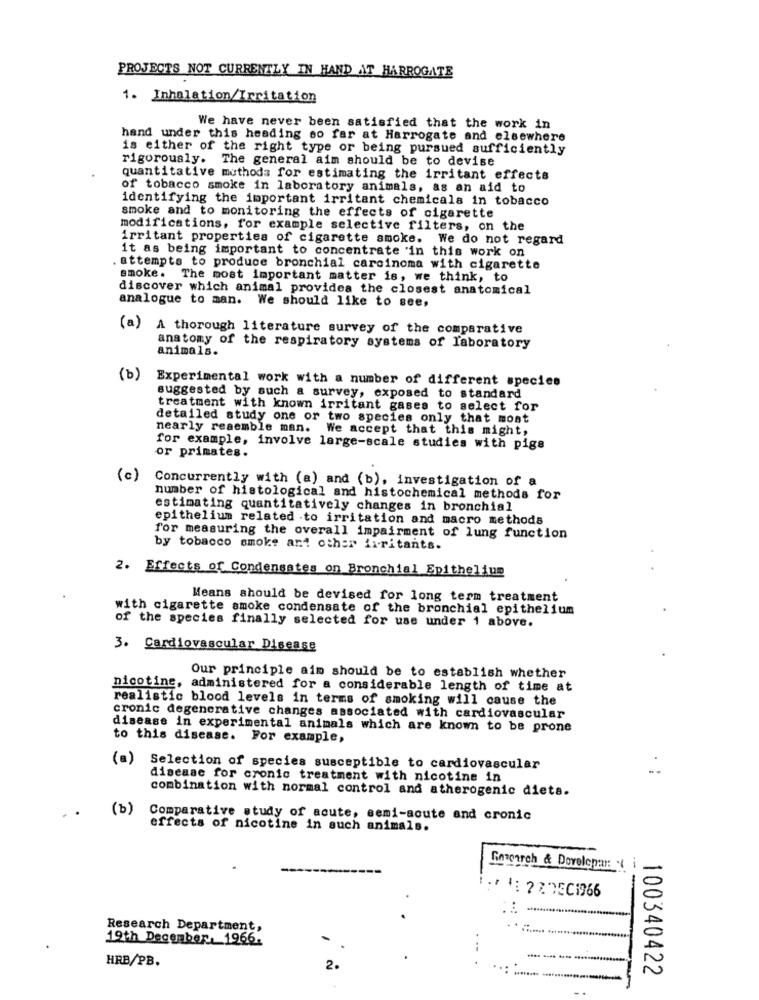
PROJECTS NOT CURRENTLY IN HAND AT HARROGATE
1. Inhalation/Irritation
We have never been satisfied that the work in
hand under this heading so far at Harrogate and elsewhere
is either of the right type or being pursued sufficiently
rigorously. The general aim should be to devise
quantitative methods for estimating the irritant effects
of tobacco smoke in laboratory animals, as an aid to
identifying the important irritant chemicals in tobacco
smoke and to monitoring the effects of cigarette
modifications, for example selective filters, on the
irritant properties of cigarette smoke. We do not regard
it as being important to concentrate 'in this work on
attempts to produce bronchial carcinoma with cigarette
smoke. The most important matter is, we think, to
discover which animal provides the closest anatomical
analogue to man. We should like to see,
(a) A thorough literature survey of the comparative
anatomy of the respiratory systems of laboratory
animals.
(b)
Experimental work with a number of different species
suggested by such a survey, exposed to standard
treatment with known irritant gases to select for
detailed study one or two species only that most
nearly resemble man. We accept that this might,
for example, involve large-scale studies with pige
or primates.
(c)
Concurrently with (a) and (b), investigation of a
number of histological and histochemical methods for
estimating quantitatively changes in bronchial
epithelium related to irritation and macro methods
for measuring the overall impairment of lung function
by tobacco smoke and other irritants.
2. Effects of Condensates on Bronchial Epithelium
Means should be devised for long term treatment
with cigarette smoke condensate of the bronchial epithelium
of the species finally selected for use under 1 above.
3. Cardiovascular Disease
Our principle aim should be to establish whether
nicotine, administered for a considerable length of time at
realistic blood levels in terms of smoking will cause the
cronic degenerative changes associated with cardiovascular
disease in experimental animals which are known to be prone
to this disease. For example,
(a)
Selection of species susceptible to cardiovascular
disease for cronic treatment with nicotine in
combination with normal control and atherogenic diets.
(b)
Comparative study of acute, semi-acute and cronic
effects of nicotine in such animals.
Research & Developan V i
:* *: 223EC1966
Research Department,
19th December, 1966:
---
HRB/PB.
2.
100340422